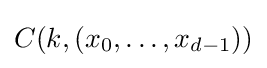
C(k,(x_{0},\dots ,x_{d-1}))